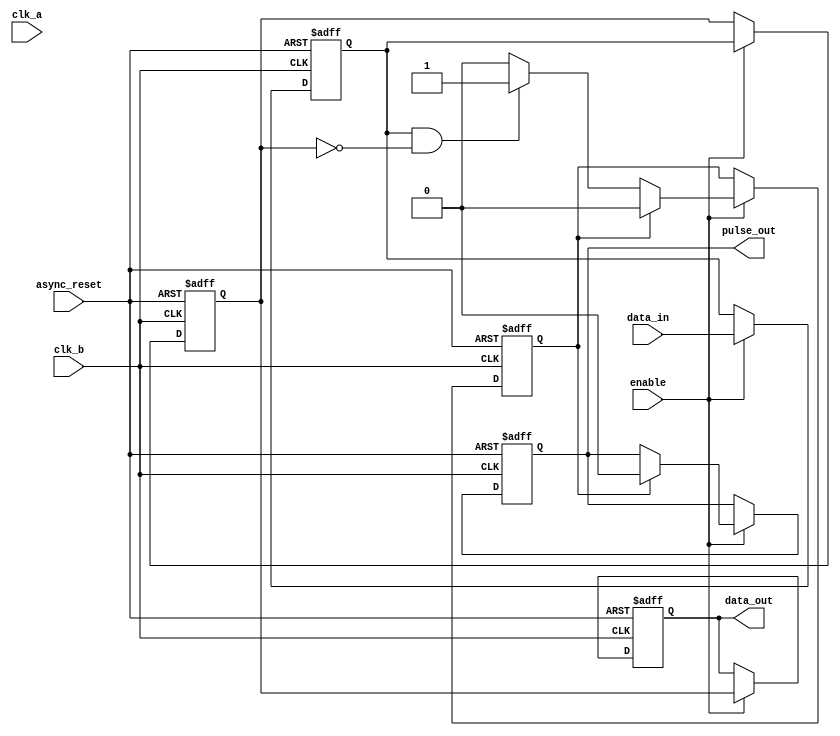
module pulsed_synchronizer #(
    parameter PULSE_WIDTH = 2 // Pulse width in clk_b cycles
)(
    input wire clk_a,            // Source clock
    input wire clk_b,            // Destination clock
    input wire data_in,          // Input signal from clk_a domain
    input wire async_reset,      // Asynchronous reset
    input wire enable,           // Enable signal for synchronization
    output reg data_out,         // Synchronized output signal
    output reg pulse_out         // Generated pulse in the clk_b domain
);

    reg data_in_sync_1;          // First stage of synchronization
    reg data_in_sync_2;          // Second stage of synchronization
    reg pulse_gen;               // Pulse generator state

    // Synchronize data_in to clk_b domain
    always @(posedge clk_b or posedge async_reset) begin
        if (async_reset) begin
            data_in_sync_1 <= 1'b0;
            data_in_sync_2 <= 1'b0;
            pulse_gen <= 1'b0;
            data_out <= 1'b0;
            pulse_out <= 1'b0;
        end else begin
            if (enable) begin
                data_in_sync_1 <= data_in; // First flip-flop in clk_b domain
                data_in_sync_2 <= data_in_sync_1; // Second flip-flop in clk_b domain

                // Generate pulse when data_in_sync_1 goes high
                if (data_in_sync_1 && !data_in_sync_2) begin
                    pulse_gen <= 1'b1; // Start pulse
                end
                
                // Pulse width control
                if (pulse_gen) begin
                    pulse_out <= 1'b1; // Generate pulse
                    #PULSE_WIDTH pulse_out <= 1'b0; // End pulse after PULSE_WIDTH
                    pulse_gen <= 1'b0; // Reset pulse generator
                end

                // Assign the synchronized output signal
                data_out <= data_in_sync_2;
            end
        end
    end
endmodule